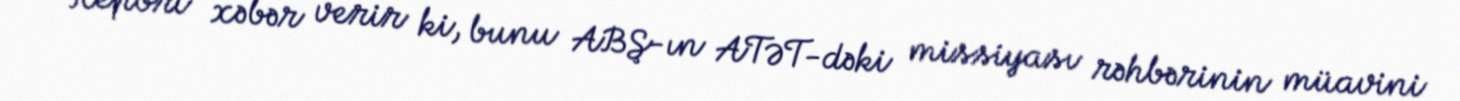
“Report” xəbər verir ki, bunu ABŞ-ın ATƏT-dəki missiyası rəhbərinin müavini